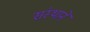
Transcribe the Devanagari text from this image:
संस्थानें